Lunatic asylums in Bengal annual reports 1912-1924 - 1912-1924
Year: 1912
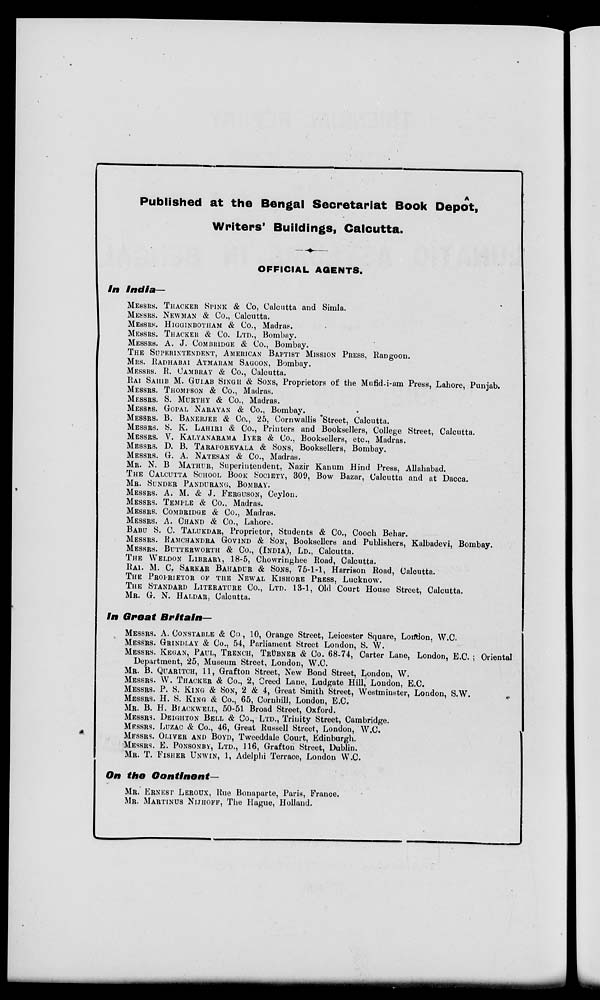
Published at the Bengal Secretariat Book Depôt,
Writers' Buildings, Calcutta.
OFFICIAL AGENTS.
In India—
MESSRS. THACKER SPINK & Co, Calcutta and Simla.
MESSRS. NEWMAN & Co., Calcutta.
MESSRS. HIGGINBOTHAM & Co., Madras.
MESSRS. THACKER & Co. LTD., Bombay.
MESSRS. A. J. COMBRIDGE & Co., Bombay.
THE SUPERINTENDENT, AMERICAN BAPTIST MISSION PRESS, Rangoon.
MRS. RADHABAI ATMARAM SAGOON, Bombay.
MESSRS. R. CAMBRAY & Co., Calcutta.
RAI SAHIB M. GULAB SINGH & SONS, Proprietors of the Mufid-i-am Press, Lahore, Punjab.
MESSRS. THOMPSON
& Co., Madras.
MESSRS.
S. MURTHY & Co., Madras.
MESSRS. GOPAL
NARAYAN
& Co., Bombay.
MESSRS. B. BANERJEE & Co., 25, Cornwallis Street, Calcutta.
MESSRS. S. K. LAHIRI & Co., Printers and Booksellers, College Street, Calcutta.
MESSRS. V. KALYANARAMA IYER & Co., Booksellers, etc., Madras.
MESSRS. D. B. TARAPOREVALA & SONS, Booksellers, Bombay.
MESSRS. G. A. NATESAN & Co., Madras.
MR. N. B. MATHUR, Superintendent, Nazir Kanum Hind Press, Allahabad.
THE CALCUTTA SCHOOL BOOK SOCIETY, 309, Bow Bazar, Calcutta and at Dacca.
MR. SUNDER PANDURANG, BOMBAY.
MESSRS. A. M. & J. FERGUSON, Ceylon.
MESSRS. TEMPLE & Co., Madras.
MESSRS. COMBRIDGE
& Co., Madras.
MESSRS. A. CHAND & Co., Lahore.
BABU S. C. TALUKDAR, Proprietor, Students & Co., Cooch Behar.
MESSRS. RAMCHANDRA GOVIND& SON, Booksellers and Publishers, Kalbadevi, Bombay.
MESSRS. BUTERWORTH
& Co., (INDIA), LD., Calcutta.
THE WELDON LIBRARY, 18-5, Chowringhee Road, Calcutta.
RAI. M. C. SARKAR BAHADUR & SONS, 75-1-1, Harrison Road, Calcutta.
THE PROPRITOR OF THE NEWAL KISHORE PRESS, Lucknow.
THE STANDARD LITERATURE CO., LTD. 13-1, Old Court House Street, Calcutta.
MR. G. N. HALDAR, Calcutta.
In Great
Britain—
MESSRS. A. CONSTABLE & Co, 10, Orange Street, Leicester Square, London, W.C.
MESSRS. GRINDLAY & Co., 54, Parliament Street London, S. W.
MESSRS. KEGAN, PAUL, TRENCH, TRÜBNER & Co. 68-74, Carter Lane, London, E.C. ; Oriental
Department, 25, Museum Street, London, W.C.
MR. B. QUARITCH, 11, Grafton Street, New Bond Street, London, W.
MESSRS. W. THACKER & Co., 2, Creed Lane, Ludgate Hill, London , E.C.
MESSRS. P. S. KING & SON, 2 & 4, Great Smith Street, Westminster, London, S.W.
MESSRS. H. S. KING & Co., 65, Cornhill, London, E.C.
MR. B. H. BLACKWELL, 50-51 Broad Street, Oxford.
MESSRS. DEIGHTON BELL & Co., LTD., Trinity Street, Cambridge.
MESSRS. LUZAC & Co., 46, Great Russell Street, London, W.C.
MESSRS. OLIVER AND BOYD, Tweeddale Court, Edinburgh.
MESSRS. E. PONSONBY, LTD., 116, Grafton Street, Dublin.
MR. T. FISHER UNWIN, 1, Adelphi Terrace, London W.C.
On the
Oontlnent—
MR. ERNEST LEROUX, Rue Bonaparte, Paris, France.
MR. MARTINUS NIJHOFF, The Hague, Holland.